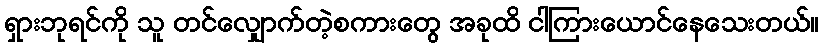
ရှားဘုရင်ကို သူ တင်လျှောက်တဲ့စကားတွေ အခုထိ ငါကြားယောင်နေသေးတယ်။